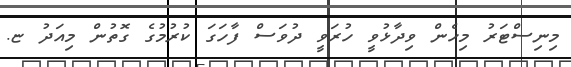
މިނިސްޓަރު މިހެން ވިދާޅުވީ ހުރަވީ ދުވަސް ފާހަގަ ކުރުމުގެ ގޮތުން މިއަދު ޏ.